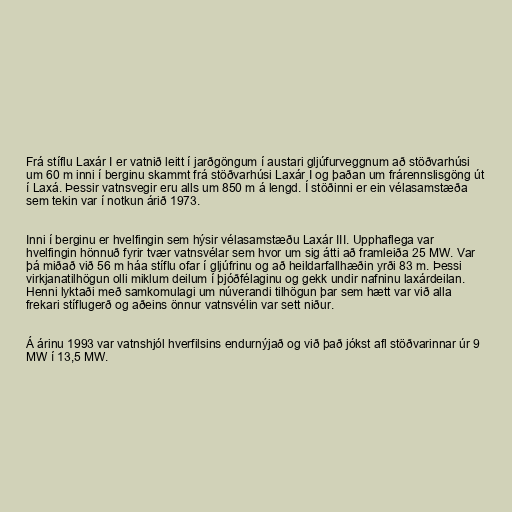
Frá stíflu Laxár I er vatnið leitt í jarðgöngum í austari gljúfurveggnum að stöðvarhúsi
um 60 m inni í berginu skammt frá stöðvarhúsi Laxár I og þaðan um frárennslisgöng út
í Laxá. Þessir vatnsvegir eru alls um 850 m á lengd. Í stöðinni er ein vélasamstæða
sem tekin var í notkun árið 1973.

Inni í berginu er hvelfingin sem hýsir vélasamstæðu Laxár III. Upphaflega var
hvelfingin hönnuð fyrir tvær vatnsvélar sem hvor um sig átti að framleiða 25 MW. Var
þá miðað við 56 m háa stíflu ofar í gljúfrinu og að heildarfallhæðin yrði 83 m. Þessi
virkjanatilhögun olli miklum deilum í þjóðfélaginu og gekk undir nafninu laxárdeilan.
Henni lyktaði með samkomulagi um núverandi tilhögun þar sem hætt var við alla
frekari stíflugerð og aðeins önnur vatnsvélin var sett niður.

Á árinu 1993 var vatnshjól hverfilsins endurnýjað og við það jókst afl stöðvarinnar úr 9
MW í 13,5 MW.